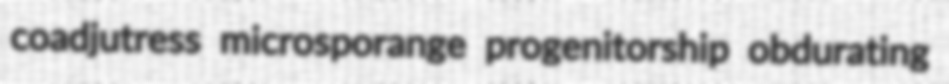
coadjutress microsporange progenitorship obdurating